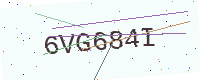
Text: 6VG684I